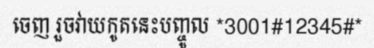
ចេញ រួចវាយកូតនេះបញ្ចូល *3001#12345#*